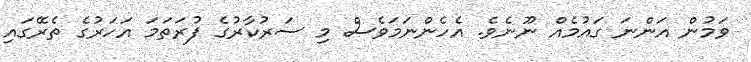
ވަމުން އަންނަ ގައުމެއް ނޫނެވެ. އެހެންނަމަވެސް މި ސަރުކާރުގެ ފުރަތަމަ އަހަރުގެ ތެރޭގައި